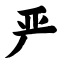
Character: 严